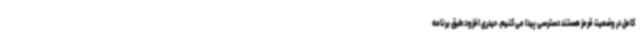
کامل در وضعیت قرمز هستند دسترسی پیدا می کنیم. حیدری افزود:طبق برنامه